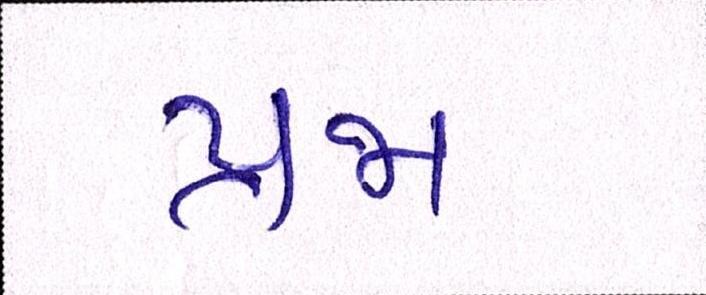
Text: પ્રજા